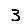
Digit: 3